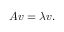
A v = \lambda v .